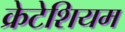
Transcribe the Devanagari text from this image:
क्रेटेशियम